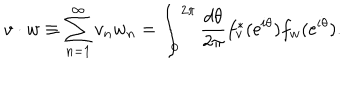
LaTeX: v \cdot w \equiv \sum _ { n = 1 } ^ { \infty } v _ { n } w _ { n } = \int _ { 0 } ^ { 2 \pi } { \frac { d \theta } { 2 \pi } } f _ { v } ^ { * } ( \mathrm { e } ^ { i \theta } ) f _ { w } ( \mathrm { e } ^ { i \theta } ) .